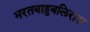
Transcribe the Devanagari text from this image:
भरतबाहुबलिरास